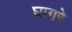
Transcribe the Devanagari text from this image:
घागरे